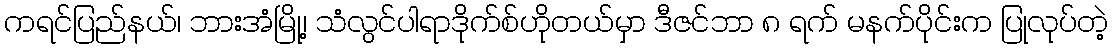
ကရင်ပြည်နယ်၊ ဘားအံမြို့၊ သံလွင်ပါရာဒိုက်စ်ဟိုတယ်မှာ ဒီဇင်ဘာ ၈ ရက် မနက်ပိုင်းက ပြုလုပ်တဲ့